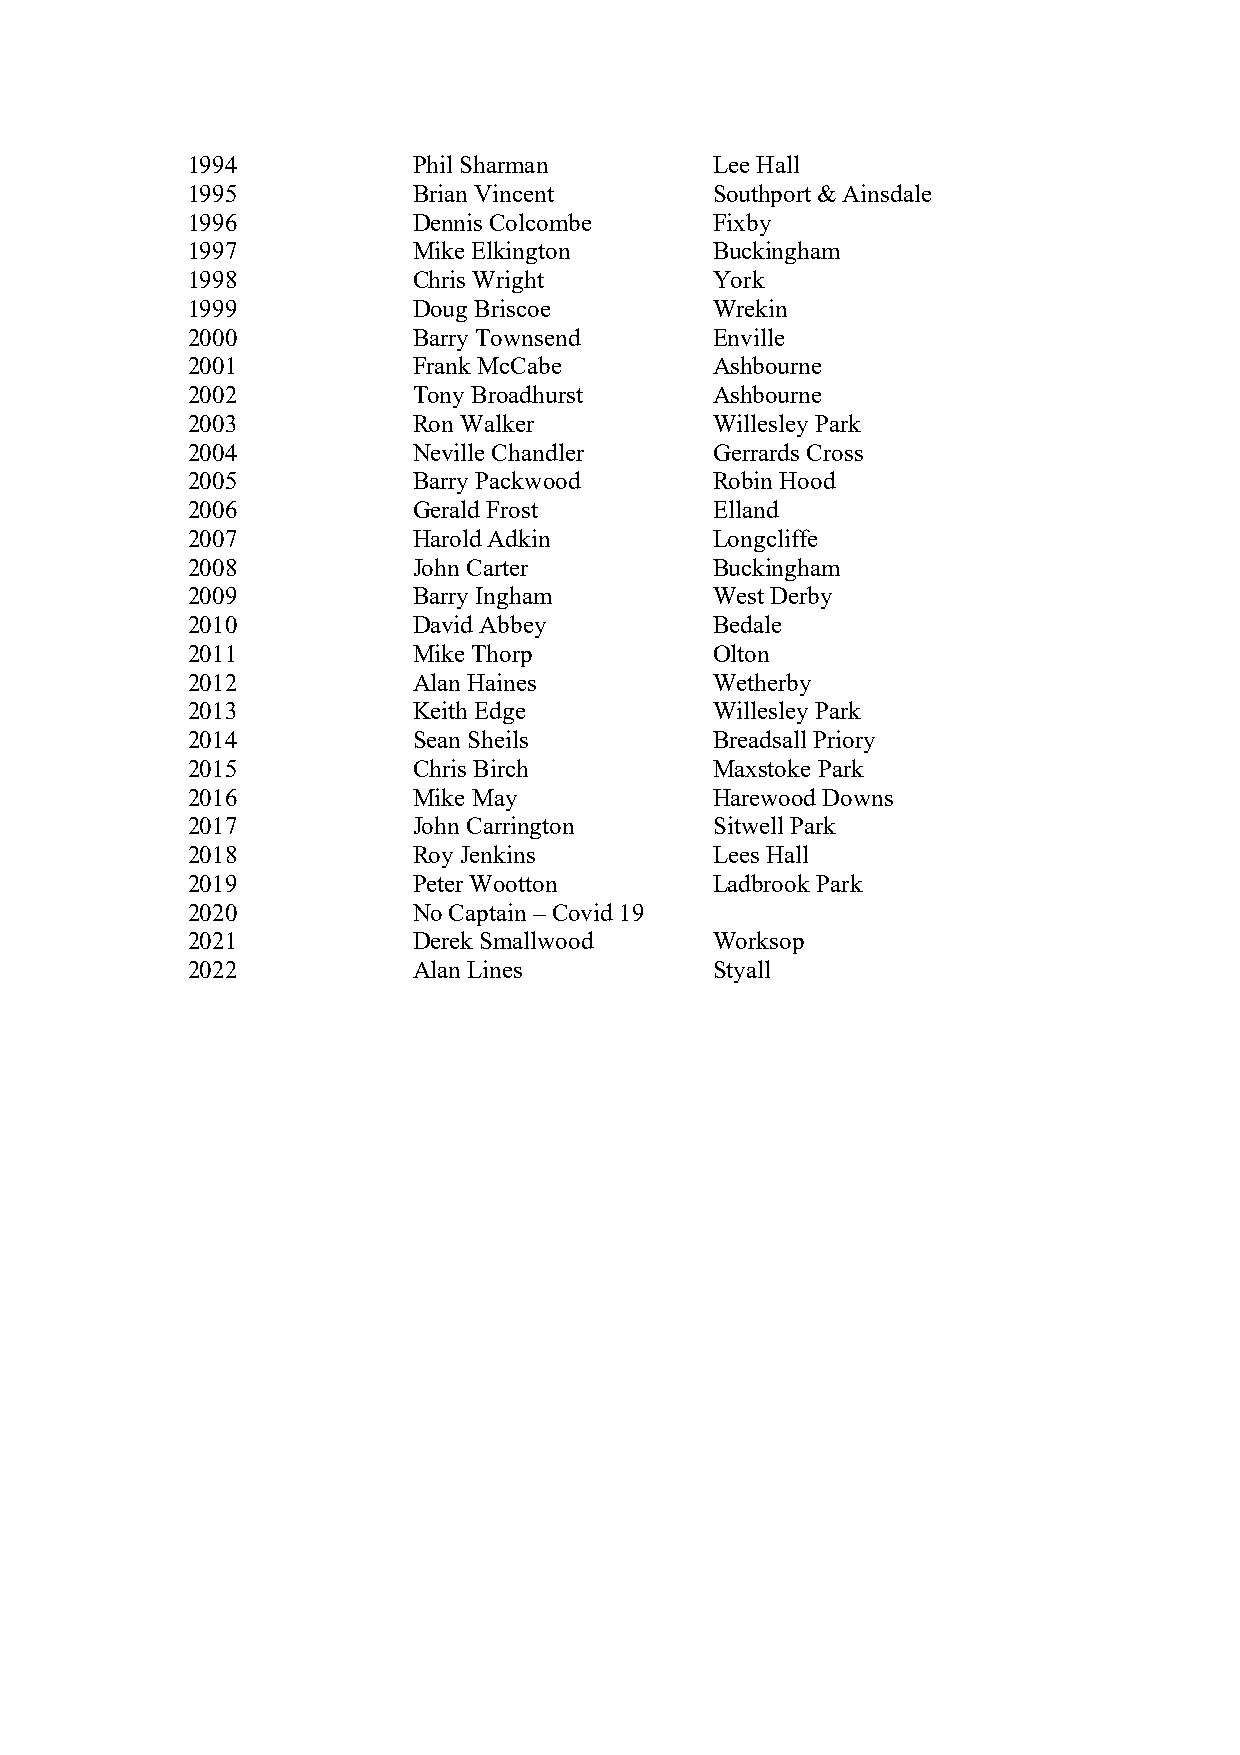
1994           Phil Sharman        Lee Hall
 1995           Brian Vincent       Southport & Ainsdale
 1996           Dennis Colcombe     Fixby
 1997           Mike Elkington      Buckingham
 1998           Chris Wright        York
 1999           Doug Briscoe        Wrekin
 2000           Barry Townsend      Enville
 2001           Frank McCabe        Ashbourne
 2002           Tony Broadhurst     Ashbourne
 2003           Ron Walker          Willesley Park
 2004           Neville Chandler    Gerrards Cross
 2005           Barry Packwood      Robin Hood
 2006           Gerald Frost        Elland
 2007           Harold Adkin        Longcliffe
 2008           John Carter         Buckingham
 2009           Barry Ingham        West Derby
 2010           David Abbey         Bedale
 2011           Mike Thorp          Olton
 2012           Alan Haines         Wetherby
 2013           Keith Edge          Willesley Park
 2014           Sean Sheils         Breadsall Priory
 2015           Chris Birch         Maxstoke Park
 2016           Mike May            Harewood Downs
 2017           John Carrington     Sitwell Park
 2018           Roy Jenkins         Lees Hall
 2019           Peter Wootton       Ladbrook Park
 2020           No Captain – Covid 19
 2021           Derek Smallwood     Worksop
 2022           Alan Lines          Styall